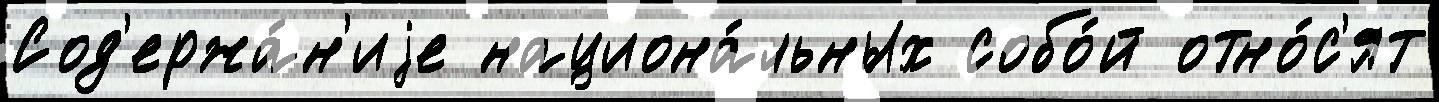
Сод'ержа́н'иjе национа́льных собо́й отно́с'ят